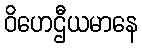
ဝိဟေဌီယမာနေ